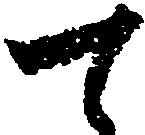
て